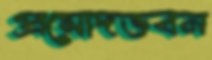
প্রমোদভবন